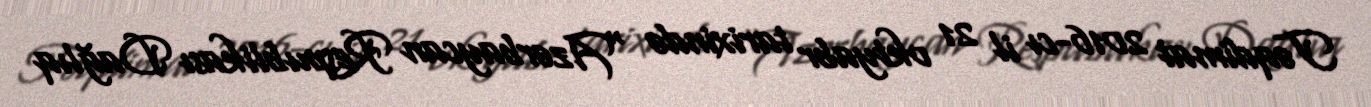
Təqdimat 2016-cı il 21 oktyabr tarixində “Azərbaycan Respublikası Dağlıq